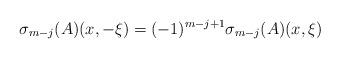
LaTeX: \begin{align*}\sigma_{m-j}(A)(x,-\xi)=(-1)^{m-j+1}\sigma_{m-j}(A)(x,\xi)\end{align*}